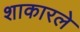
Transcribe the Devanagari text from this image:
शाकारले